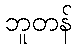
ဘူတန်